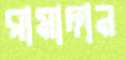
রামাদান